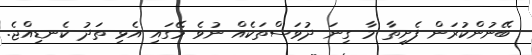
ބޭނުންކުރަން ފެށިތާ މާ ގިނަ ދުވަސްތަކެއް ނުވެ މޭގައި އެޅި ތަދު ކެނޑިއްޖެ.